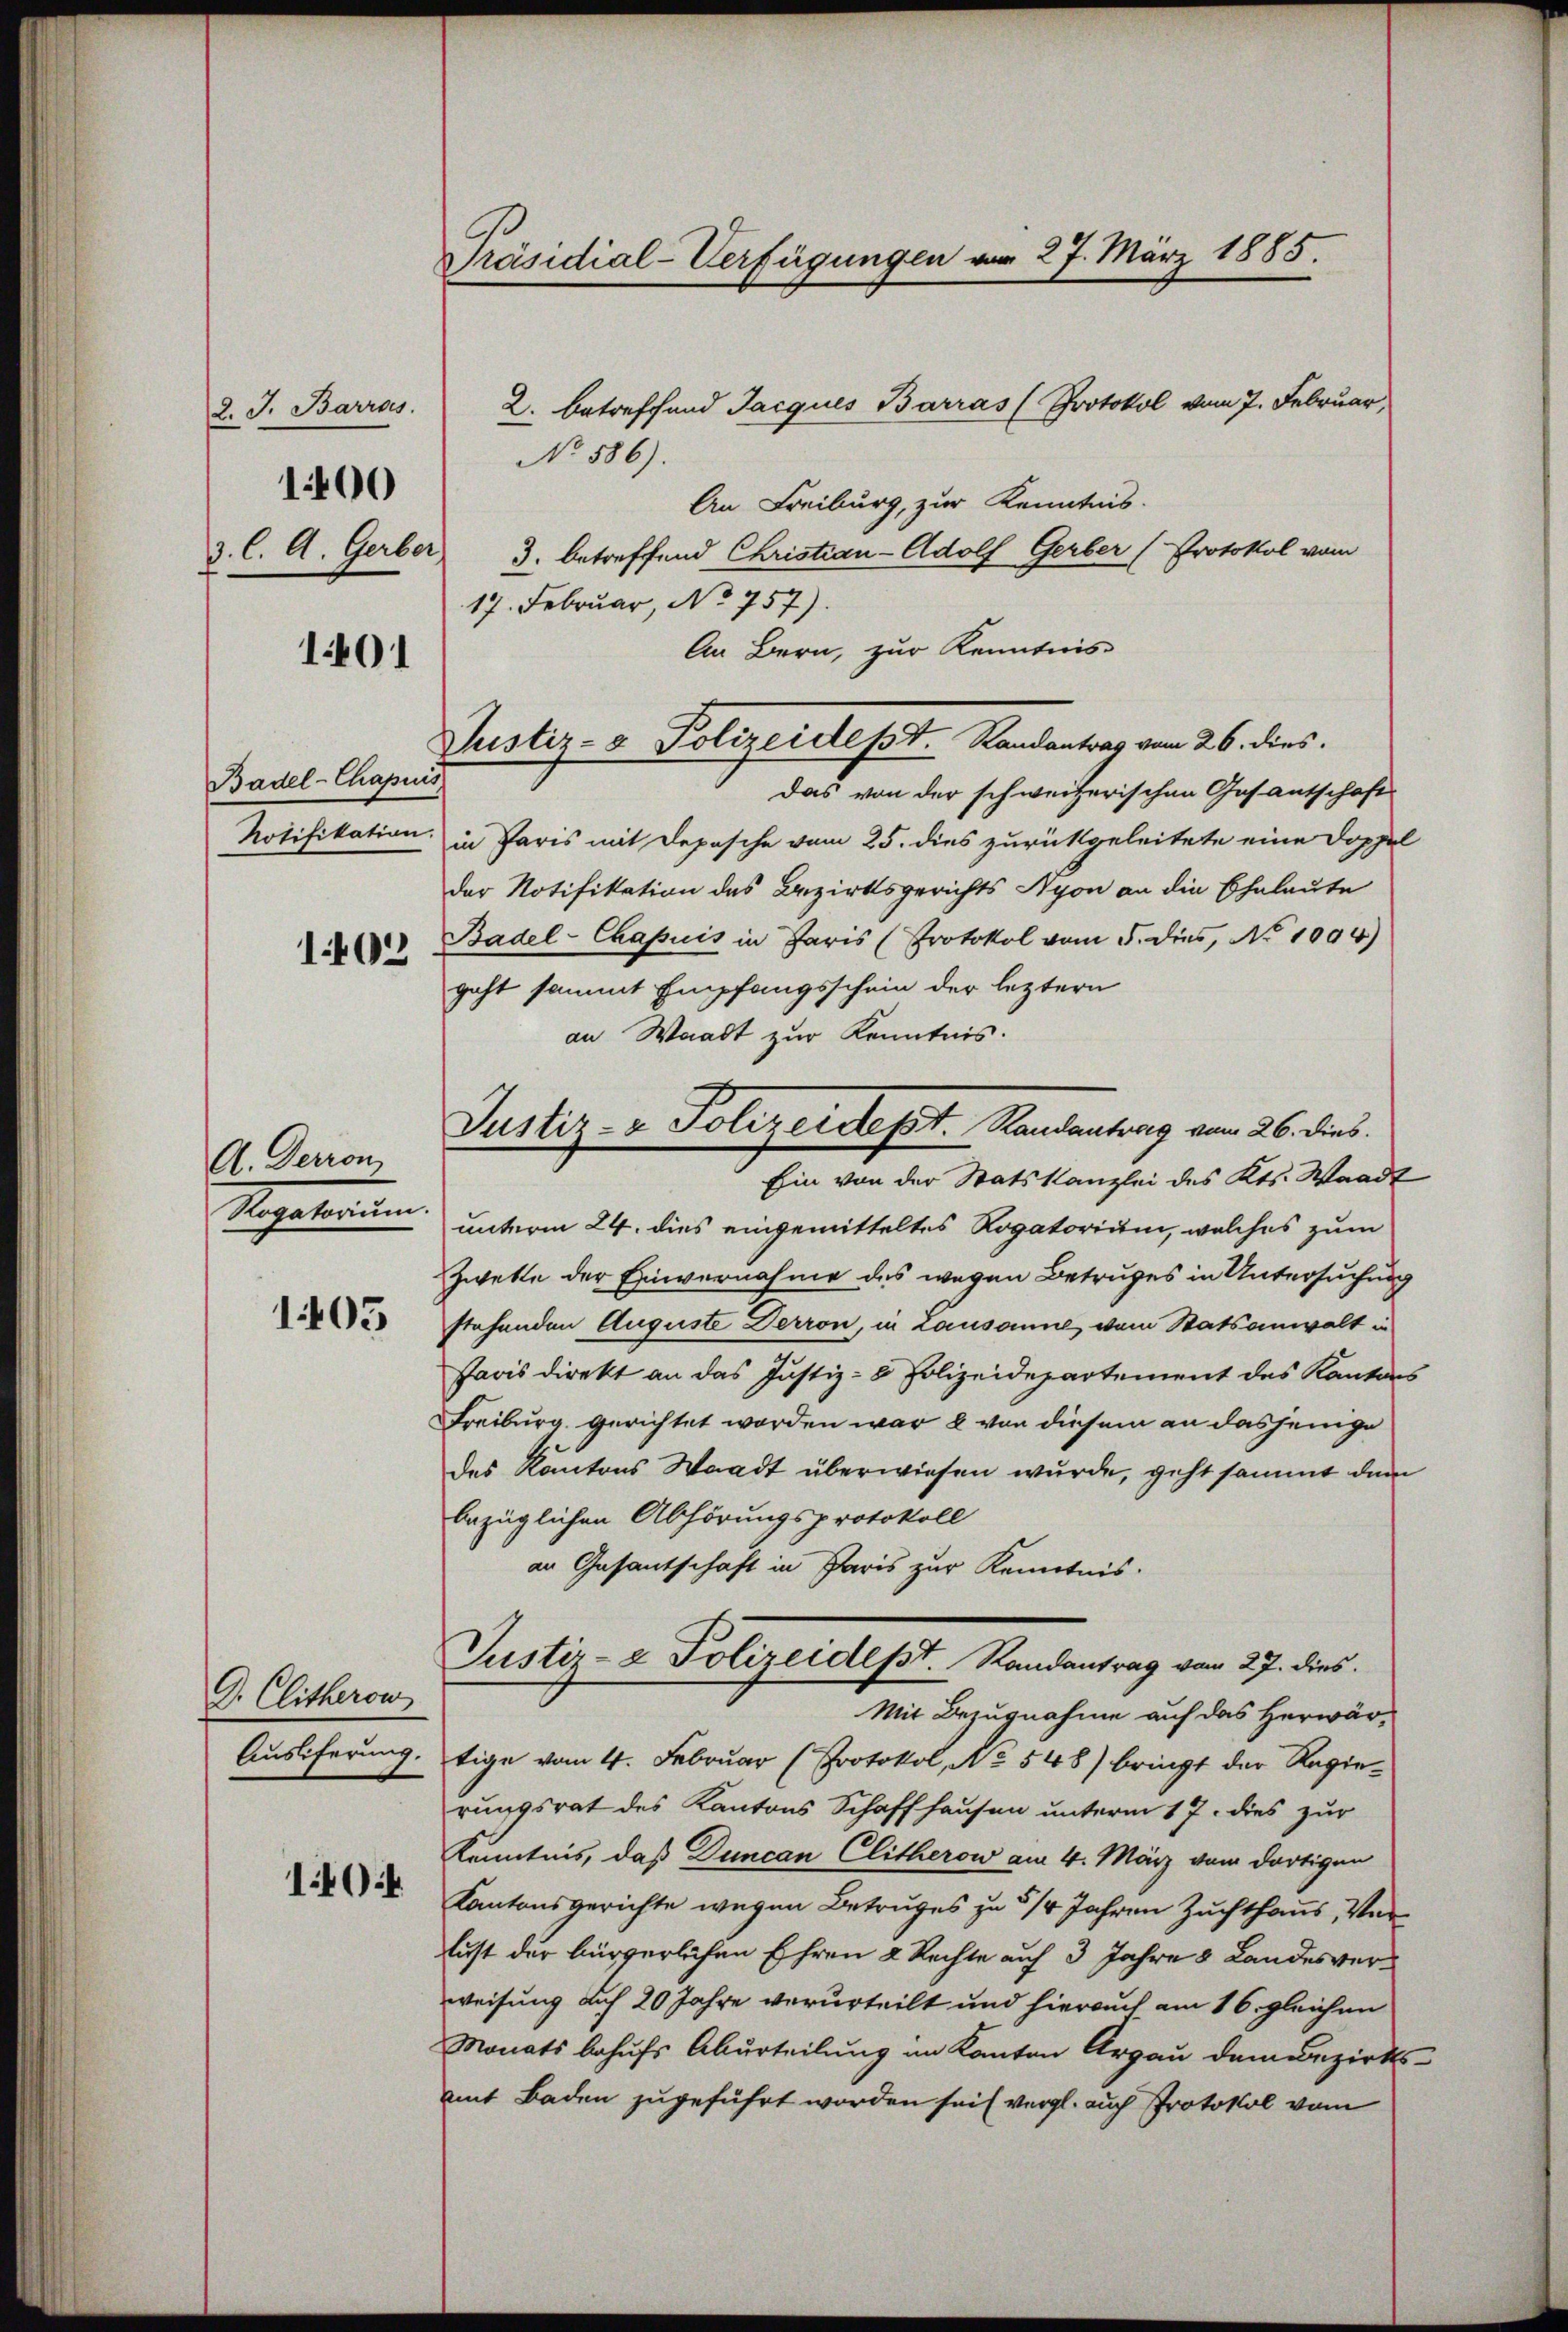
2. J. Barros.
3. C. A. Gerber

1400

1401

Basel-Chapuis
Notifikation.
1402

A. Derron
Mepaterien.

1405

G. Clitheron
Ausiferung.

1404

Präsidial-Verfügungen vom 27. März 1885.

f

No 586).
An Freiburg, zur Kenntnis.
3. betreffend Christian-Adolf Gerber (Protokol vom
17. Februar, No 757).
An Bern, zur Kenntnis-
Das von der schweizerischen Gesantschaft
in Paris mit Depesche vom 25. dies zurückgeleitete eine Doppel
der Notifikation des Bezirksgerichts Nyon an die Eheleute
Basel-Chapuis in Paris (Protokol vom 5. dies, No 1094)
geht sammt Empfangsschein der leztern
an Waadt zur Kenntnis.
unterm 24. dies eingemitteltes Rogatorium, welches zum
Zwette der Einvernahme des wegen Betruges in Untersuchung
stehenden Auguste Derron, in Lausanne, vom Statsanwalt in
Javis direkt an das Justiz- & Polizeidepartement des Kantons
Freiburg, gerichtet worden war, u von diesem an dasjenige
des Kantons Waadt überwiesen wurde, geht sammt dem
bezüglichen Abhörungsprotokoll
an Gesantschaft in Paris zur Kenntnis.
Justiz- & Polizeidept. Randantrag vom 27. dies
Mit Bezugnahme auf das Herwär-
tige vom 4. Februar (Protokol, No 548) bringt der Regierungsrat des Kantons Schaffhausen unterm 17. dies zur
Kenntnis, daß Duncan Clitherow am 4. März vom dortigen
Kantonsgerichte wegen Betruges zu 3/4 Jahren Zuchthaus, Verlust der bürgerlichen Ehren 2 Rechte auf 3 Jahre 8 Landesverweisung auf 20 Jahre verurteilt und hierauch am 16. gleichen
Monats behufs Aburteilung an Kanton Argau dem Bezirks-
mit Baden zugeführt worden sei vergl. auch Protokol vom

2. betreffend Jacques Barras (Protokol vom 7. Februar,

Justiz- & Polizeistesst. Randantrag vom 26. dies

Justiz- & Polizeidept. Handantrag vom 26. dies.
Ein von der Statskanzlei des Kts. Waadt